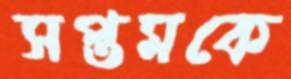
সপ্তমকে